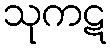
သုကဋ